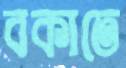
বকাতে